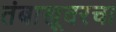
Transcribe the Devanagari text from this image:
तंबाखूवरचा